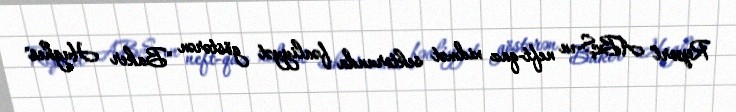
Report" ABŞ-ın neft-qaz xidmət sektorunda fəaliyyət göstərən "Baker Hughes"